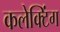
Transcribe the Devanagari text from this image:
कलेक्टिंग